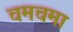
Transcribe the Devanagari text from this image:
चमचमा